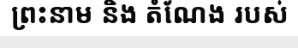
ព្រះនាម និង តំណែង របស់